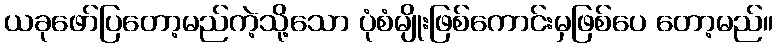
ယခုဖော်ပြတော့မည်ကဲ့သို့သော ပုံစံမျိုးဖြစ်ကောင်းမှဖြစ်ပေ တော့မည်။